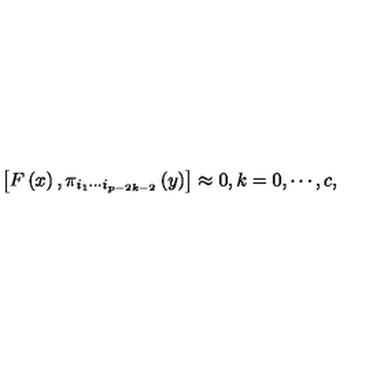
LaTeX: \left[ F \left( x \right) , \pi _ { i _ { 1 } \cdots i _ { p - 2 k - 2 } } \left( y \right) \right] \approx 0 , k = 0 , \cdots , c ,